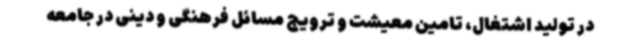
در تولید اشتغال، تامین معیشت و ترویج مسائل فرهنگی و دینی در جامعه